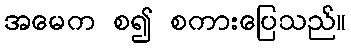
အမေက စ၍ စကားပြေသည်။